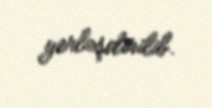
yerləşdirilib.